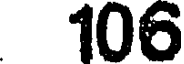
106